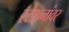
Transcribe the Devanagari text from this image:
स्टेशनांवर